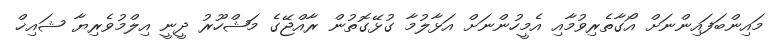
މައިންބަފައިންނަށް އޯގާތެރިވުމާއި އެމީހުންނަށް އަޅާލުމާ ގުޅޭގޮތުން ރާއްޖޭގެ މަޝްހޫރު ދީނީ އިލްމުވެރިޔާ ޝައިޚް